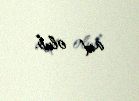
aid olub.